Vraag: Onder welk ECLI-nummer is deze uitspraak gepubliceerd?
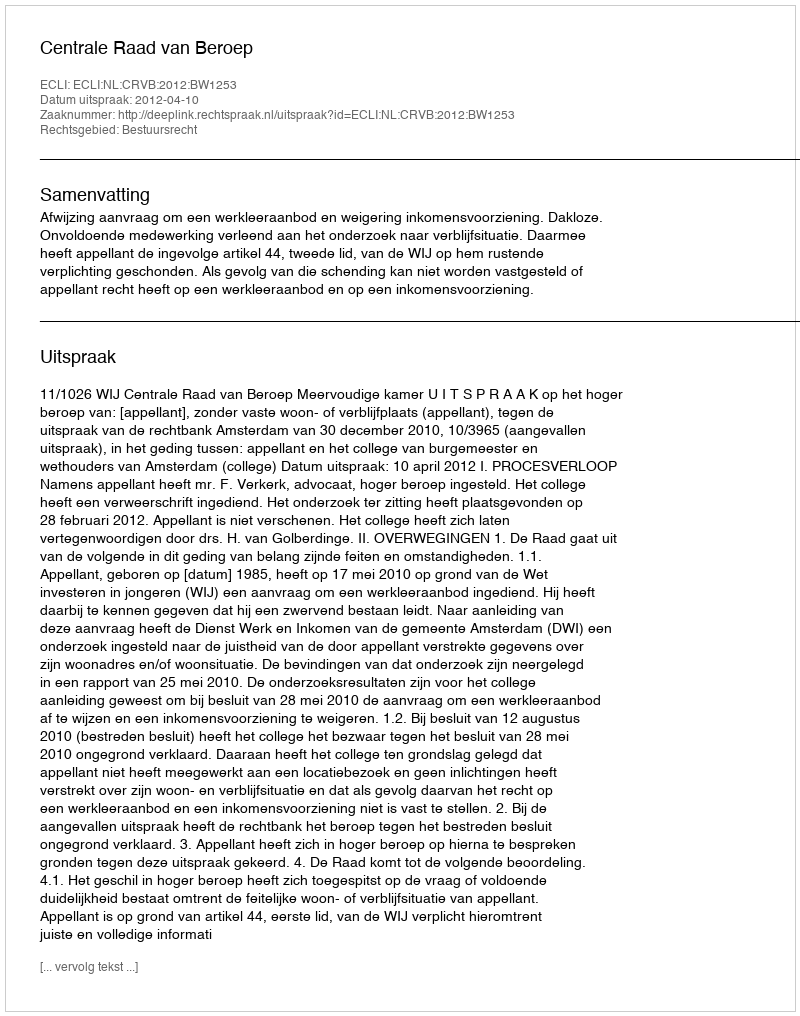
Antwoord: ECLI:NL:CRVB:2012:BW1253